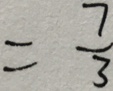
= \frac { 7 } { 3 }